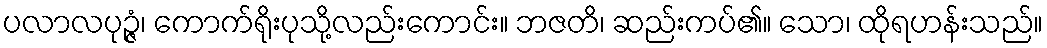
ပလာလပုဉ္ဇံ၊ ကောက်ရိုးပုသို့လည်းကောင်း။ ဘဇတိ၊ ဆည်းကပ်၏။ သော၊ ထိုရဟန်းသည်။